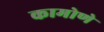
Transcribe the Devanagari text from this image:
कामोणे